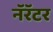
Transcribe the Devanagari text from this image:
नॅरॅटर